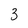
Character: 3